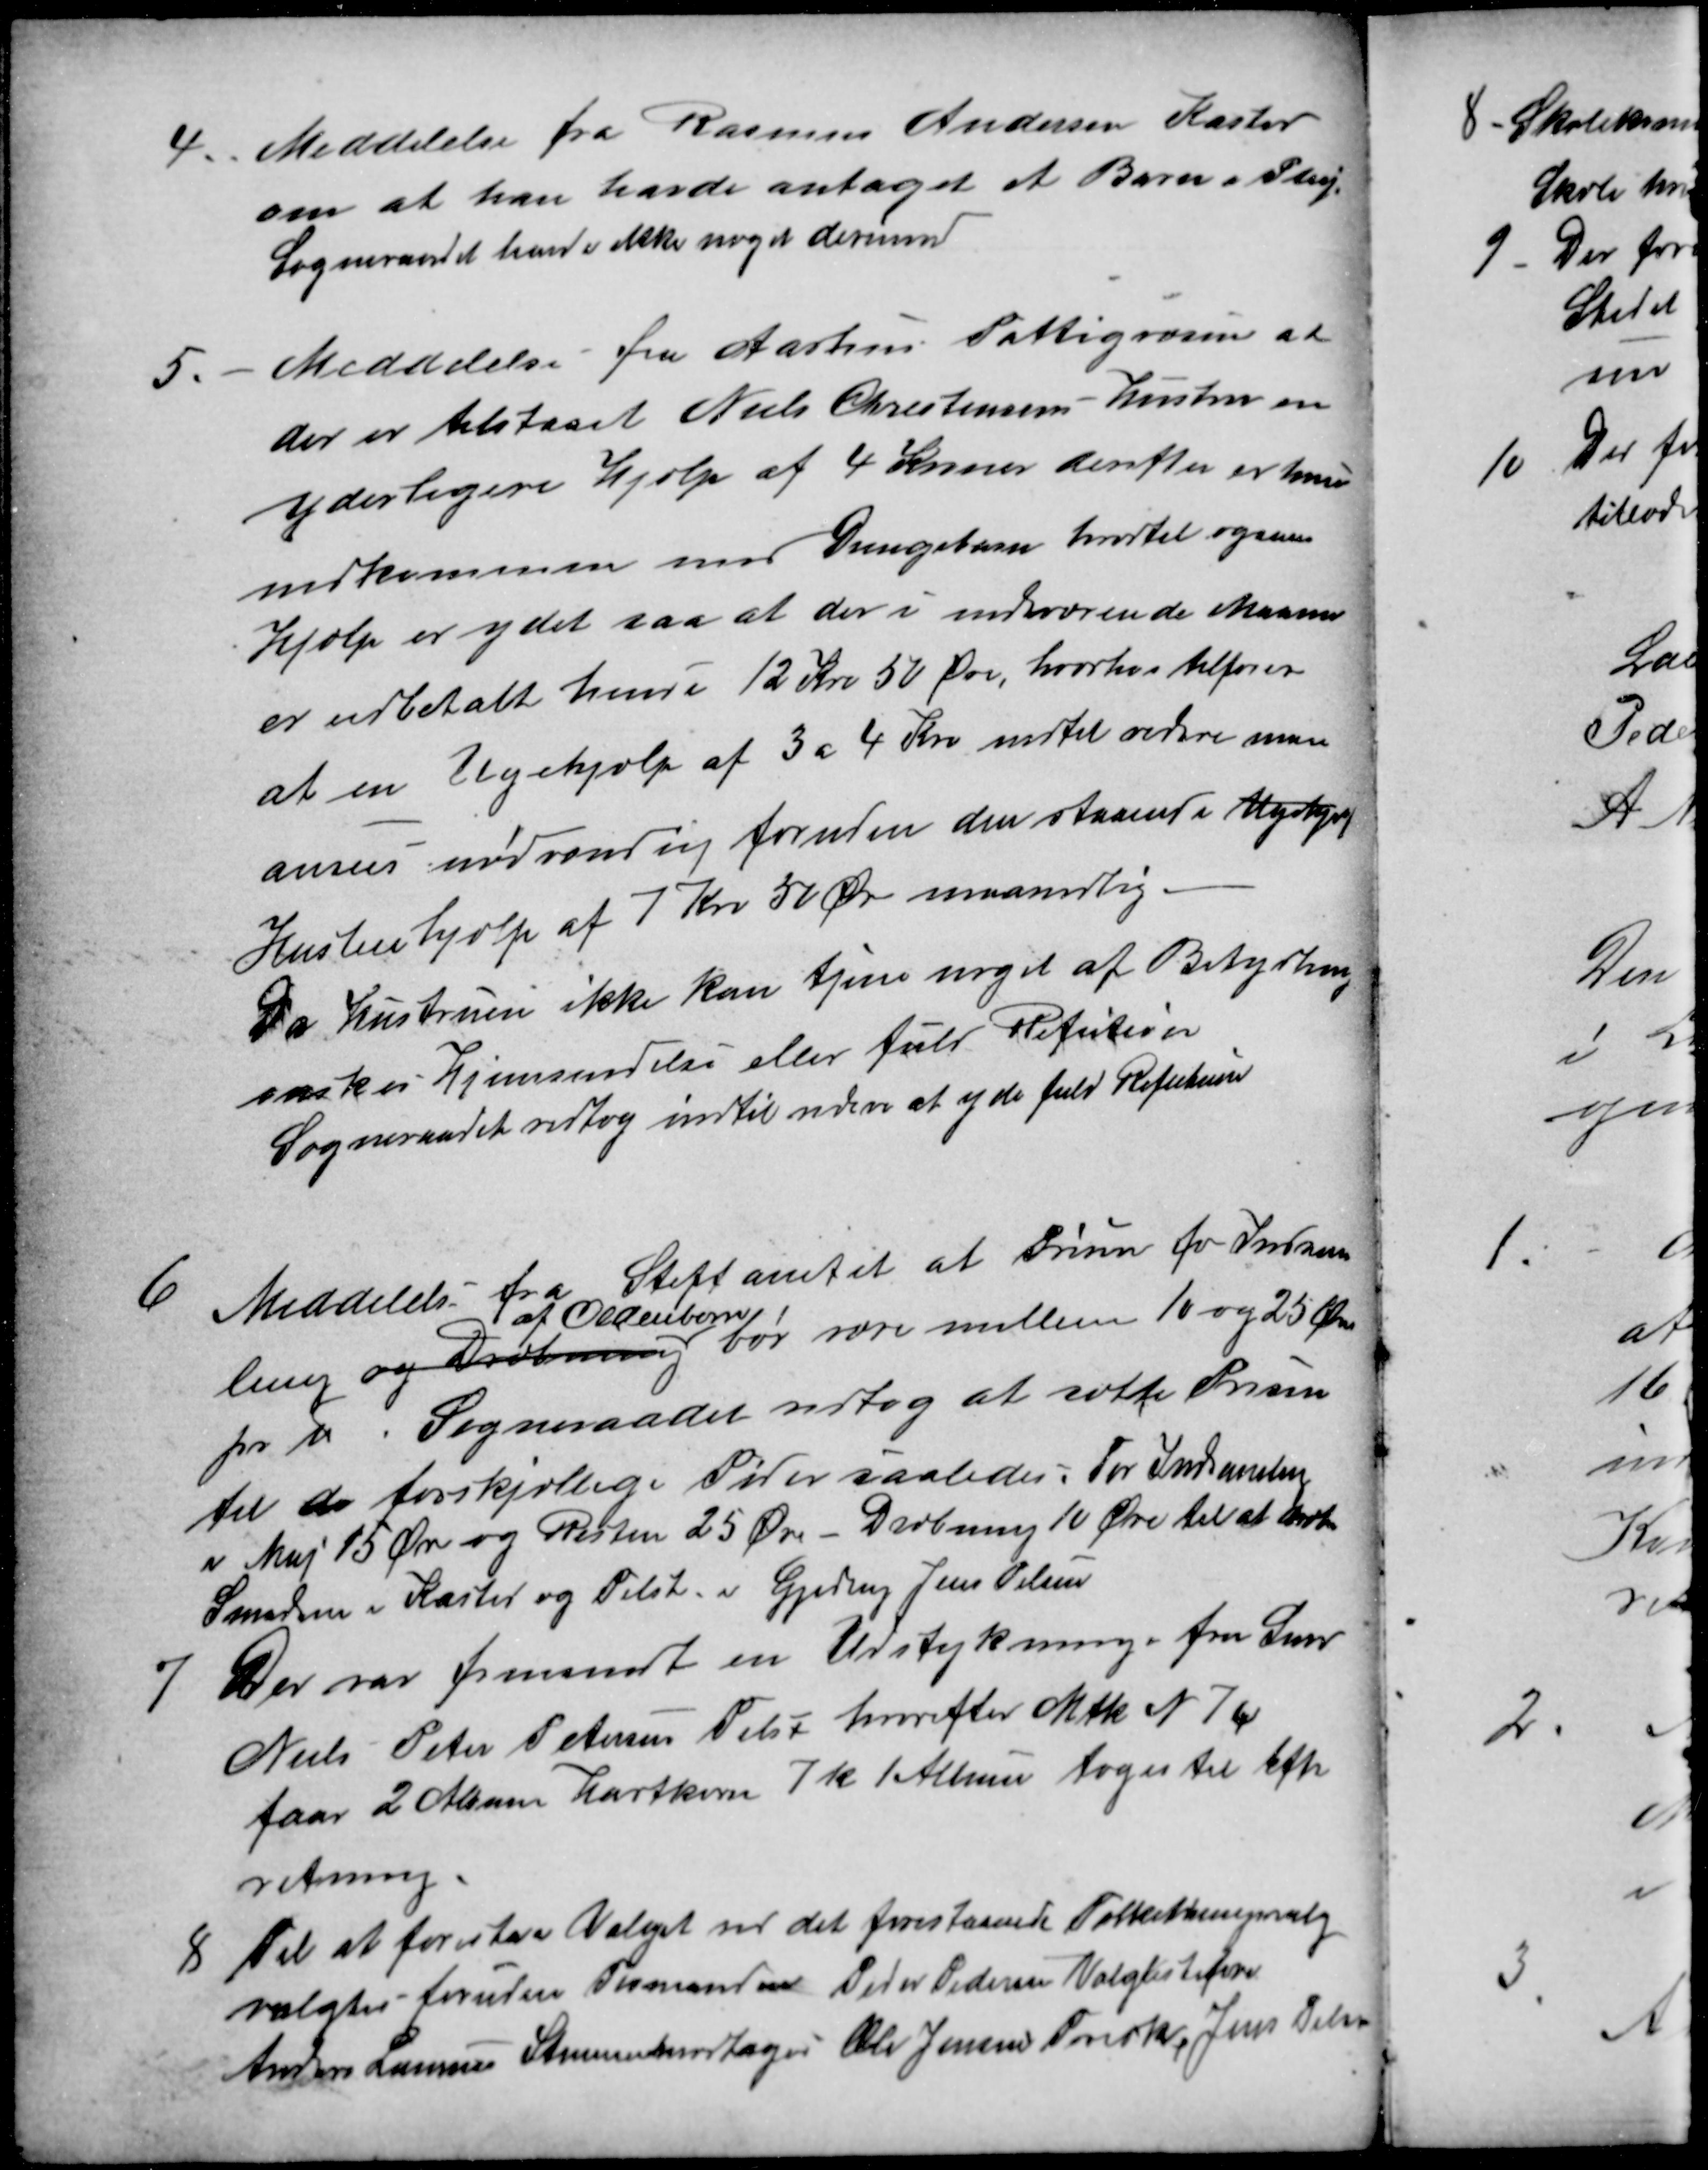
Transskription:
4.
Meddelelse fra Rasmus Andersen Kasted
om at han havde antaget et Barn i Pleje.
Sogneraadet havde ikke noget derimod
5.
Meddelelse fra Aarhus Fattigvæsen at
der er tilstaaet Niels Christensens Hustru en
yderligere Hjælp af 4 Kroner derefter er hun
nedkommen med Drengebarn hvortil ogsaa
Hjælp er ydet saa at der i indeværende Maaned
er udbetalt hende 12 Kro 50 Øre, hvorhos tilføres
at en Ugehjælp af 3 a 4 Kro indtil videre maa
anses nødvendig foruden den staaende Ugehjælp
Husleiehjælp af 7 Kr 50 Øre maanedlig.
Da Hustruen ikke kan tjene noget af Betydning
ønskes Hjemsendelse eller fuld Refution
Sogneraadet vedtog indtil videre at yde fuld Refution
6
Meddelelse fra Stiftamtet at Prisen for Indsam
ling og Dræbning 
af Oldenborre
bør være mellem 10 og 25 Øre
pr ℔. Sogneraadet vedtog at sætte Prisen
til de forskjellige Tider saaledes: For Indsamling
i Maj 15 Øre og Resten 25 Øre Dræbning 10 Øre til at 
Smeden i Kasted og Tilst. i Gjeding Jens Pelsen
7
Der var fremsendt en Udstykning fra Smed
Niels Peter Petersen Tilst hvorefter Mtk. N 7c
faar 2 Album Hartkorn 7k 1 Album toges til Efter
retning.
8
Til at forestaa Valget ved det forestaaende Folketingsvalg
valgtes foruden Formanden Peder Pedersen Valglistefører
Anders Laursen Stemmemodtager Ole Jensen Frisk, Jens Pelsen